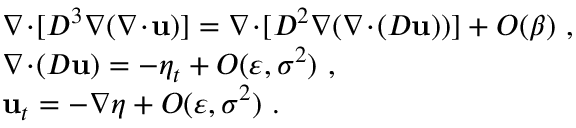
\begin{array} { r l } & { \nabla \! \cdot \! [ D ^ { 3 } \nabla ( \nabla \! \cdot \! \mathbf { u } ) ] = \nabla \! \cdot \! [ D ^ { 2 } \nabla ( \nabla \! \cdot \! ( D \mathbf { u } ) ) ] + O ( \beta ) \ , } \\ & { \nabla \! \cdot \! ( D \mathbf { u } ) = - \eta _ { t } + O ( \varepsilon , \sigma ^ { 2 } ) \ , } \\ & { \mathbf { u } _ { t } = - \nabla \eta + O ( \varepsilon , \sigma ^ { 2 } ) \ . } \end{array}